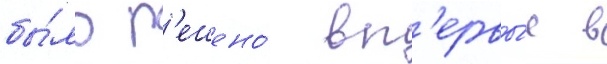
бы́ло р'ешено́ вп'ервы́е в